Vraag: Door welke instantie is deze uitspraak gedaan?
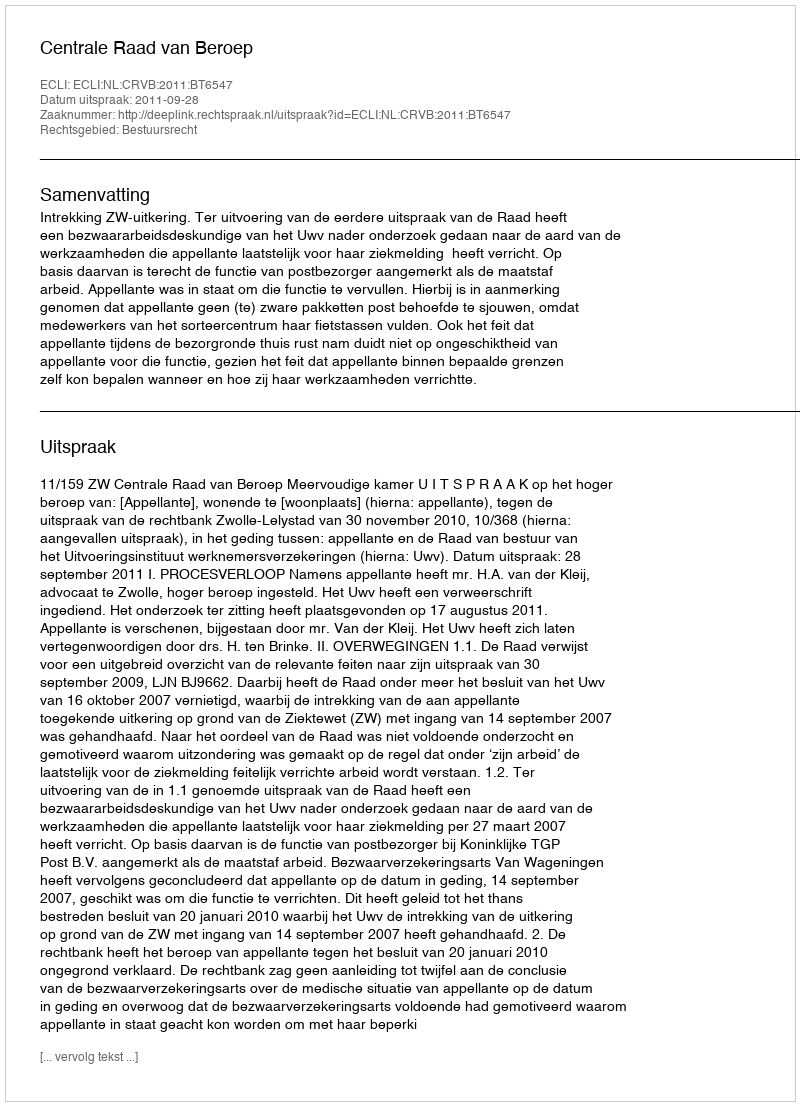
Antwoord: Centrale Raad van Beroep